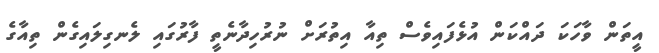
އީތަން ވާހަކަ ދައްކަން އުޅެފައިވެސް ތިއާ އިތުރަށް ނުރުހިދާނެތީ ފާރުގައި ލެނގިލައިގެން ތިއާގެ